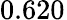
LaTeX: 0.620^{}